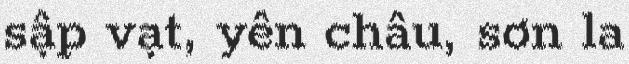
sập vạt, yên châu, sơn la